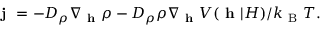
\textbf { j } = - D _ { \rho } \nabla _ { \textbf { h } } \rho - D _ { \rho } \rho \nabla _ { \textbf { h } } V ( \textbf { h } | H ) / k _ { \mathrm { ~ B ~ } } T .